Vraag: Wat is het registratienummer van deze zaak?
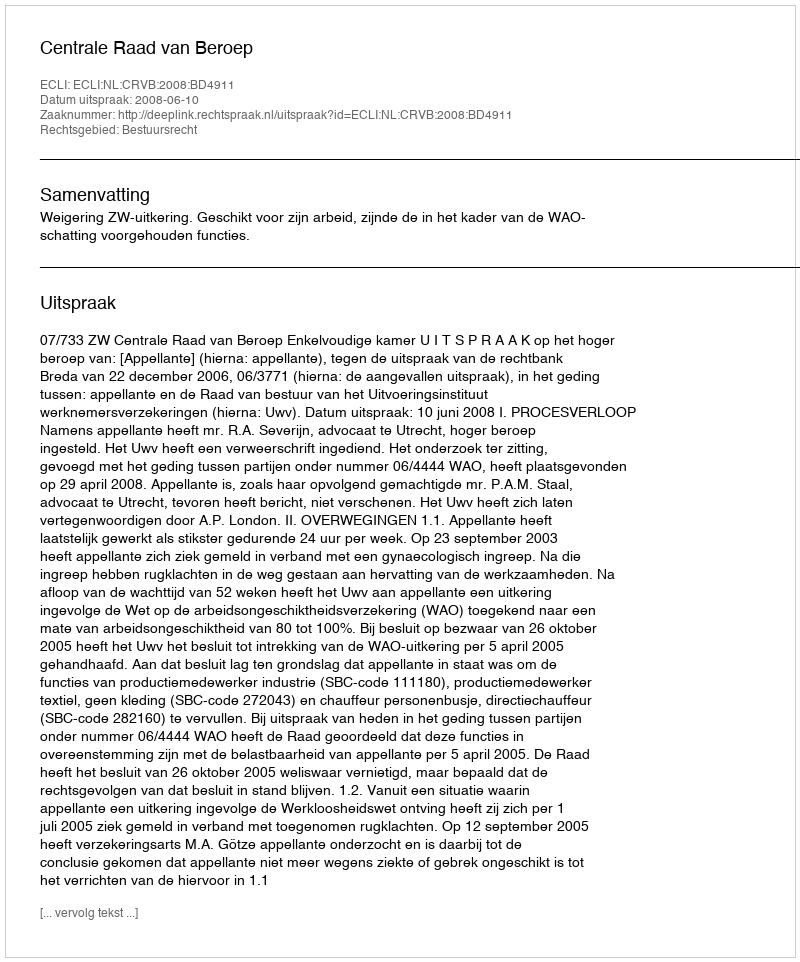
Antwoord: http://deeplink.rechtspraak.nl/uitspraak?id=ECLI:NL:CRVB:2008:BD4911